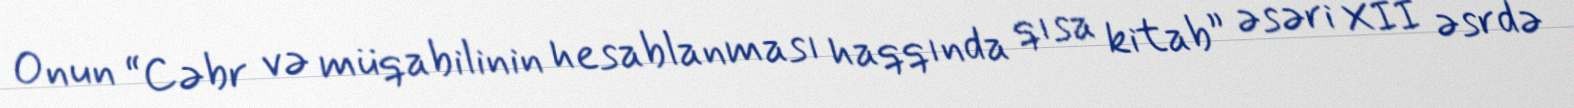
Onun “Cəbr və müqabilinin hesablanması haqqında qısa kitab” əsəri XII əsrdə